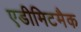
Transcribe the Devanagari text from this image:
एडीमिटमैक